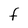
Character: F